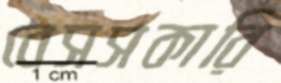
বেসসকারি